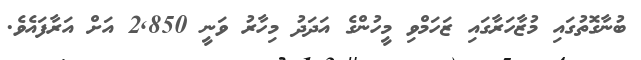
ބުނާގޮތުގައި މުޒާހަރާގައި ޒަހަމްވި މީހުންގެ އަދަދު މިހާރު ވަނީ 2